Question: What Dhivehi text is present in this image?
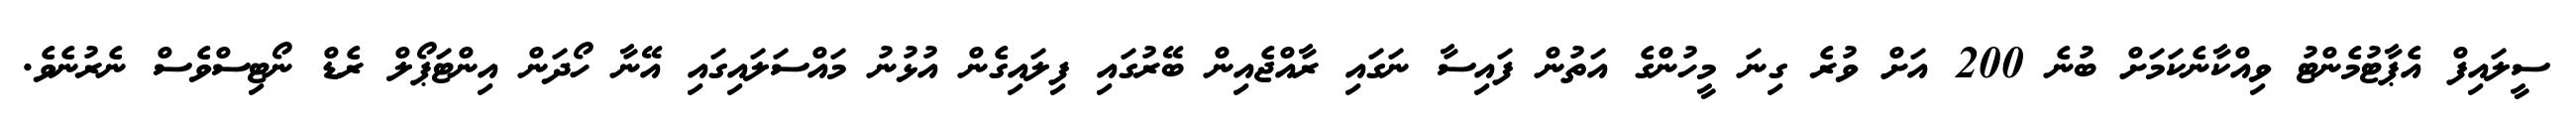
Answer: ސީލައިފް އެޕާޓުމެންޓު ވިއްކާނެކަމަށް ބުނެ 200 އަށް ވުރެ ގިނަ މީހުންގެ އަތުން ފައިސާ ނަގައި ރާއްޖެއިން ބޭރުގައި ފިލައިގެން އުޅުނު މައްސަލައިގައި އޭނާ ހޯދަން އިންޓަޕޯލް ރެޑް ނޯޓިސްވެސް ނެރުނެވެ.